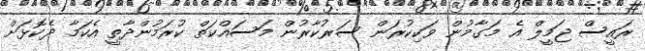
ރައީސް ޖަމީލް އެ މަގާމުން ވަކިކުރަން ސަރުކާރުން މަސައްކަތް ކުރަމުންދާތީ އެކަމާ ދެކޮޅަށް